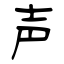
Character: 声